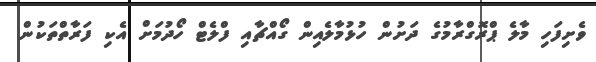
ވެށިފަހި މާލެ ޕްރޮގްރާމުގެ ދަށުން ހުޅުމާލެއިން ގޯއްޗާއި ފްލެޓް ހޯދުމަށް އެކި ފަރާތްތަކުން